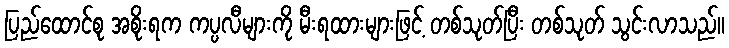
ပြည်ထောင်စု အစိုးရက ကပ္ပလီများကို မီးရထားများဖြင့် တစ်သုတ်ပြီး တစ်သုတ် သွင်းလာသည်။